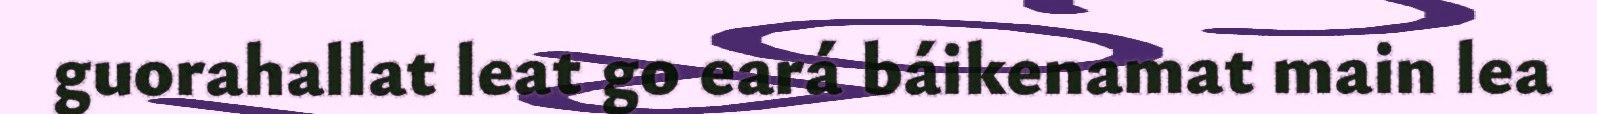
guorahallat leat go eará báikenamat main lea